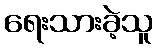
ရေးသားခဲ့သူ